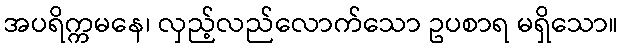
အပရိက္ကမနေ၊ လှည့်လည်လောက်သော ဥပစာရ မရှိသော။